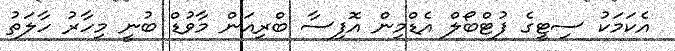
އެކަމަކު ސިޓީގެ ފުޓްބޯލް އެޑްމިން އޮފިސާ ބްރިއަން މާވުޑް ބުނީ މިހާރު ހާލަތު